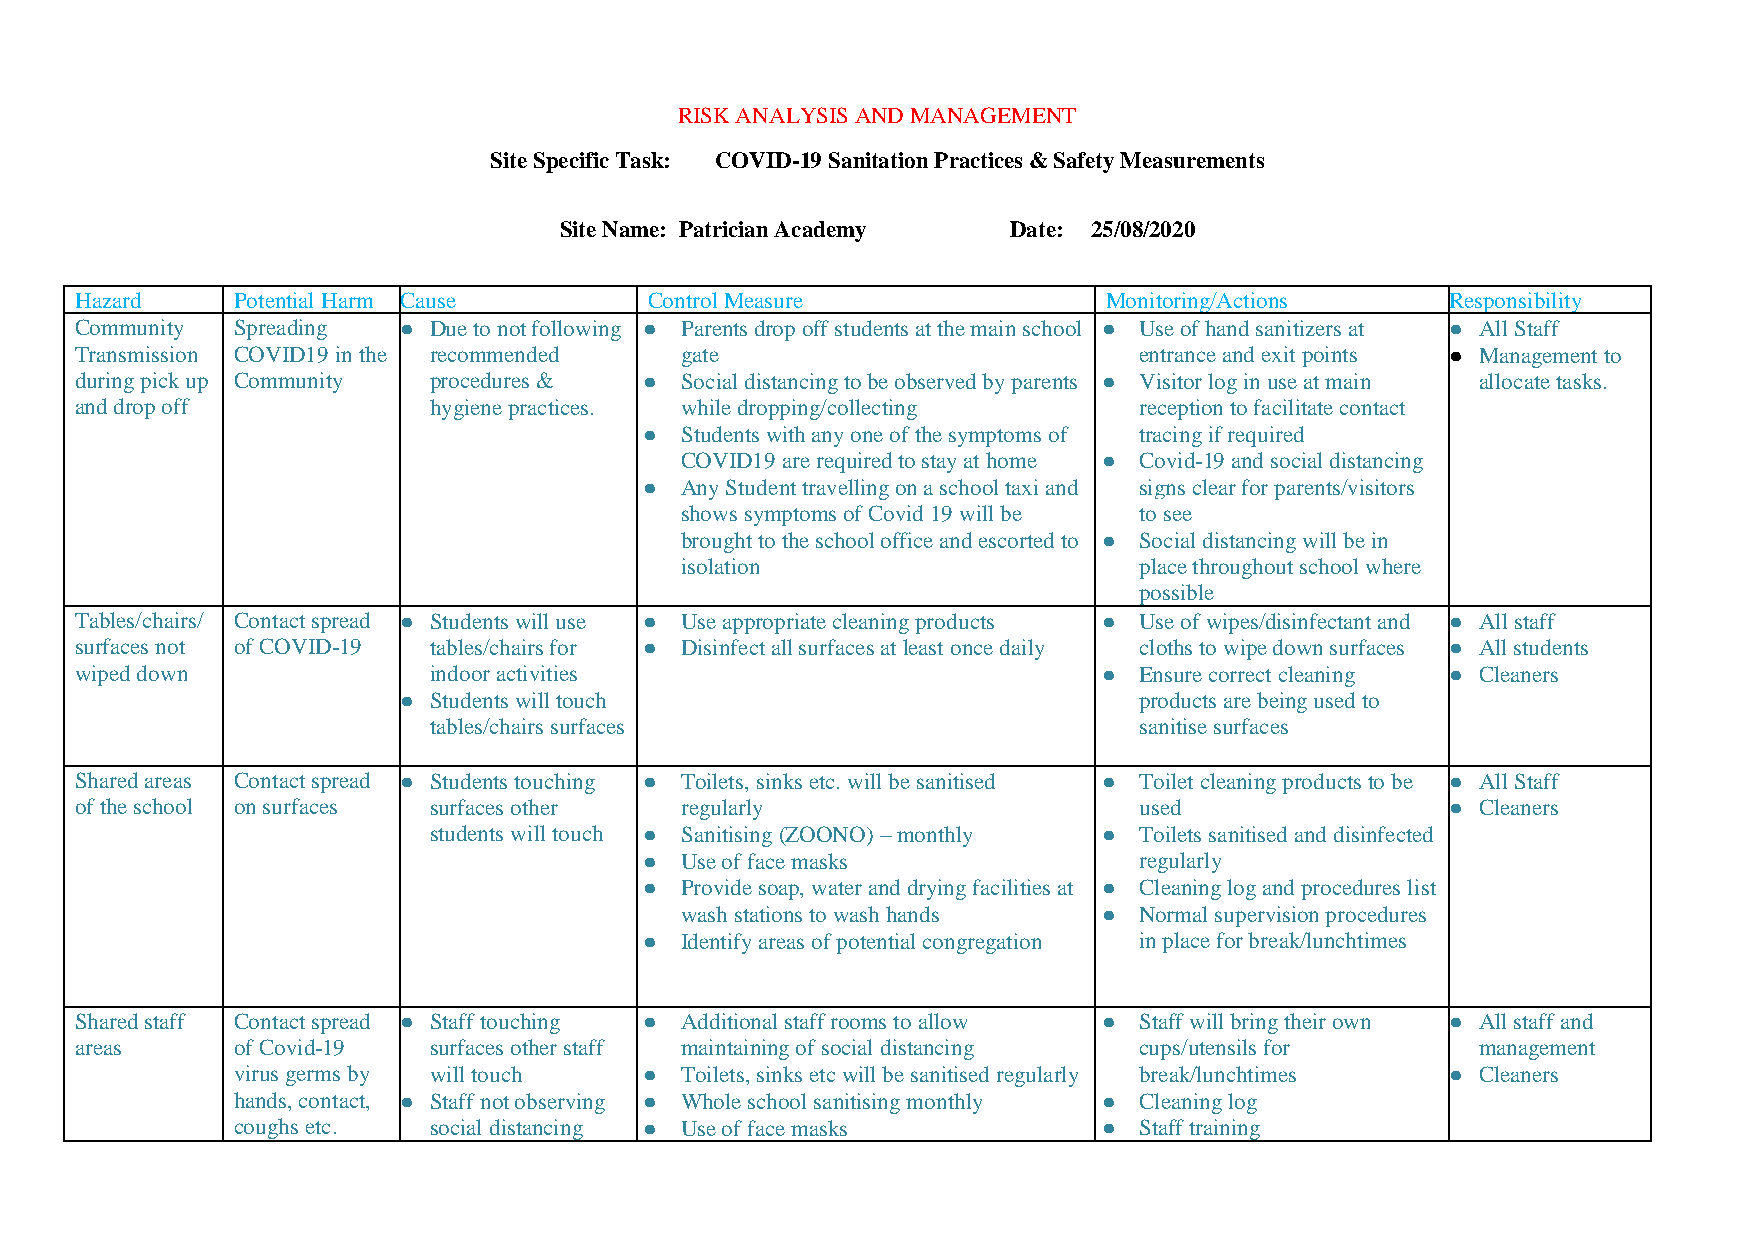
RISK ANALYSIS AND MANAGEMENT
 Site Specific Task: COVID-19 Sanitation Practices & Safety Measurements
 Site Name: Patrician Academy  Date: 25/08/2020
 Hazard    Potential Harm Cause        Control Measure               Monitoring/Actions     Responsibility
 Community Spreading  ● Due to not following ● Parents drop off students at the main school ● Use of hand sanitizers at ● All Staff
 Transmission COVID19 in the recommended gate                          entrance and exit points ● Management to
 during pick up Community procedures & ● Social distancing to be observed by parents ● Visitor log in use at main allocate tasks.
 and drop off           hygiene practices. while dropping/collecting   reception to facilitate contact
 ● Students with any one of the symptoms of tracing if required
 COVID19 are required to stay at home ● Covid-19 and social distancing
 ● Any Student travelling on a school taxi and signs clear for parents/visitors
 shows symptoms of Covid 19 will be to see
 brought to the school office and escorted to ● Social distancing will be in
 isolation                     place throughout school where
 possible
 Tables/chairs/ Contact spread ● Students will use ● Use appropriate cleaning products ● Use of wipes/disinfectant and ● All staff
 surfaces not of COVID-19 tables/chairs for ● Disinfect all surfaces at least once daily cloths to wipe down surfaces ● All students
 wiped down             indoor activities                            ● Ensure correct cleaning ● Cleaners
 ● Students will touch                            products are being used to
 tables/chairs surfaces                         sanitise surfaces
 Shared areas Contact spread ● Students touching ● Toilets, sinks etc. will be sanitised ● Toilet cleaning products to be ● All Staff
 of the school on surfaces surfaces other regularly                    used                 ● Cleaners
 students will touch ● Sanitising (ZOONO) – monthly ● Toilets sanitised and disinfected
 ● Use of face masks             regularly
 ● Provide soap, water and drying facilities at ● Cleaning log and procedures list
 wash stations to wash hands ● Normal supervision procedures
 ● Identify areas of potential congregation in place for break/lunchtimes
 Shared staff Contact spread ● Staff touching ● Additional staff rooms to allow ● Staff will bring their own ● All staff and
 areas     of Covid-19  surfaces other staff maintaining of social distancing cups/utensils for management
 virus germs by will touch   ● Toilets, sinks etc will be sanitised regularly break/lunchtimes ● Cleaners
 hands, contact, ● Staff not observing ● Whole school sanitising monthly ● Cleaning log
 coughs etc.  social distancing ● Use of face masks        ● Staff training